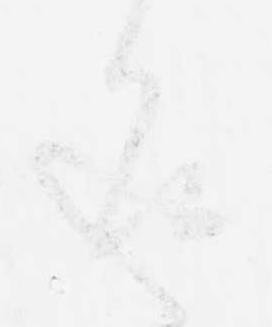
返